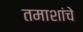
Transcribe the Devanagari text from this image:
तमाशांचे